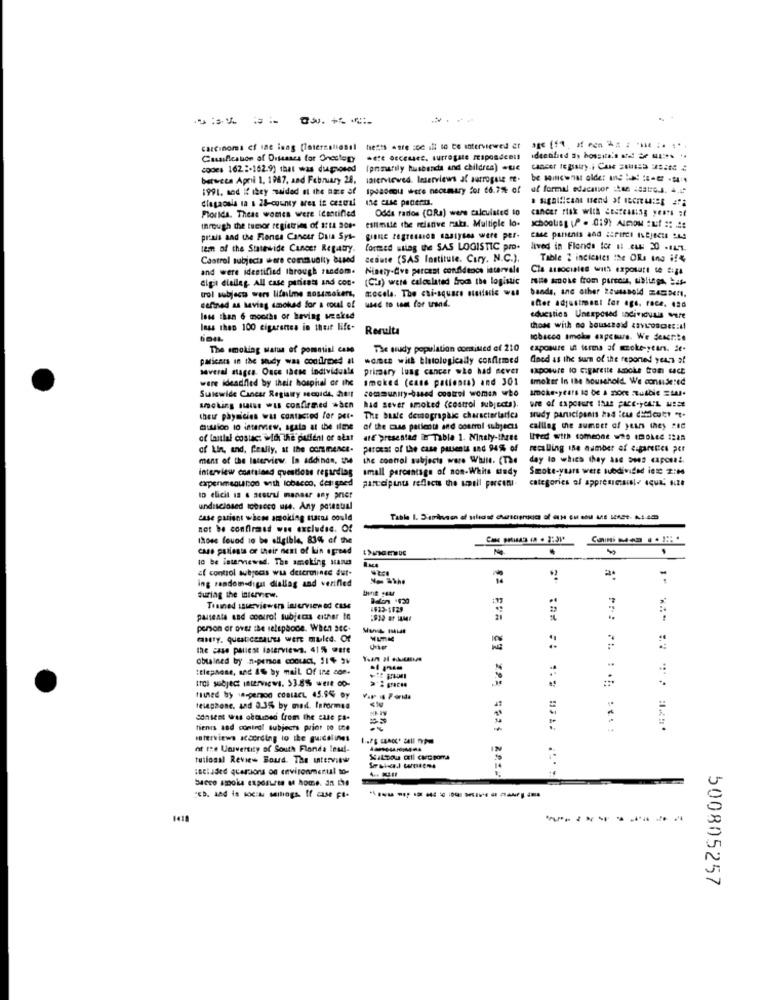
carcinoma cf sne lang [international hests ante soc ill to te interviewed er
Cassification of Diseases for Oncology
identified as hossite's od de ... ..
code 162 :- 162.9) that was diagnosed
Ipnmarily husbands and childres) .te
between April 1, 1987, and February 24,
laterviewed. Interviews af surrogate fe.
be sincenat older - - ---
1991. sod if they saided Il the ate of
19damu were neoumary for 6.7% of
af formal edacalor :han satres. 4.
Florida. Theas women were Identified
Odda rados (ORa) were calculated to
cancer risk with Cesteasing years at
through the tumor registries of 1:12 208.
estimate the risnive maks. Multiple lo-
praxis and the Fiends Cancer Dula Sys-
les of the Statewide Cancer Regaty.
formed wales the SAS LOGISTIC pro.
lived in Florde Ior s: eu: 20 -14-1.
Castrol subjects were community based
cedute (SAS Institute. Cary. N.C.).
Table 2 indicates the ORs ing i!%
and were identified through random. Ninety-Cve percest confidence intervale
Cla associates with exposure se Siga
"igi diailag. All case patients and con-
Gigi disileg. All case patients and con- (Cis) were calculated from the logistic
trol subjects wars lifnime nossmaker,
mocela. The chi-square statistic was
bands, anc other 281449014 453.
defined as having smoked for a coul of
used to see for tand.
efter adjustment for age. roce, 420
less than 6 months or having wesked
educstics Unexposed Individual were
less than 100 cigarettes in these life-
Resulta
those with no bouscheid zavisosdes:tl
tobacco smoke exposure. We describe
The smoking Matus of potential case
The arudy population continued of 210
exposure in forma af mzoke-years. se-
paricars in the study was confirmed at
women with bletologically confirmed
Aned as the sur of the reported years af
saveral stages. Once these individuals
primary lung cancer who had never
were identified by their hospital or the
smoked (cass patients) and 301
smoker In the household. We considered
Suiswide Cancer Registry secuide, heit
smoking saiss wis confirmed when
had sever smoked (costrol subjects).
their physicien was contacted for per-
The buale demographic charactertarica
study parucipunis had :cu discuter "t-
muion to interview. agata at the ilme
of the case patients and control subjects
calling the sumset of years they see
of tanttal costac: widi the patient or alar
ate presestad in Table 1. Ninaly-three
of Lin, and. Ceally, at the core mence.
paroxat of the case patients and 94% of
recalling ine number of cigarettes per
ment of the Interview. In addindn, the
the control subjects ware Whill. (The
day to which they Ase 2142 caponi.
interview coattland questions regarding
small percentage of non-Whits undy
Smoke-years were subdivided inte 2:04
expenmenucod with tobacco, det gned
categories of apprenmaisl? qui, size
participants reflects the spell porcinu.
ID elicit is & austral manner any prier
undisclosed tobacco use. Any potential
case patient wices smoking sacos could
not be confirast wie excludes. Of
txoss found to be eligible, 83% of the
case patients or their next of kin agreed
.
10 be interviewed. The smoking sand
"( control aubyecis was determines dut-
ing random-digit dialiag and verifled
during the interview.
..
Tesmed ssierviewer interviened Case
pauseata and control subjecas either to
person or over the selspbode. When acc.
casery. questicanales wert maled. Of
the case palest faserviews. 41% were
obtained by n-pemos coolact, SI+ SV
Itlephone, sa 1% by mail Of ine com.
trol subject Interviews. 53.85 wert co-
telephone. and 0.3% by med. Informed
consent was obouned from the case pa-
tienes and control subjects prior to the
waterviews according to the guidelines
at the University of South Flonda !nul-
tuliosal Review Boud. The ute:VIEW
Silnou oll carcsoma
secluded acercions on environmenul to-
Suero smoke exposures of home. an the
1418
500805257